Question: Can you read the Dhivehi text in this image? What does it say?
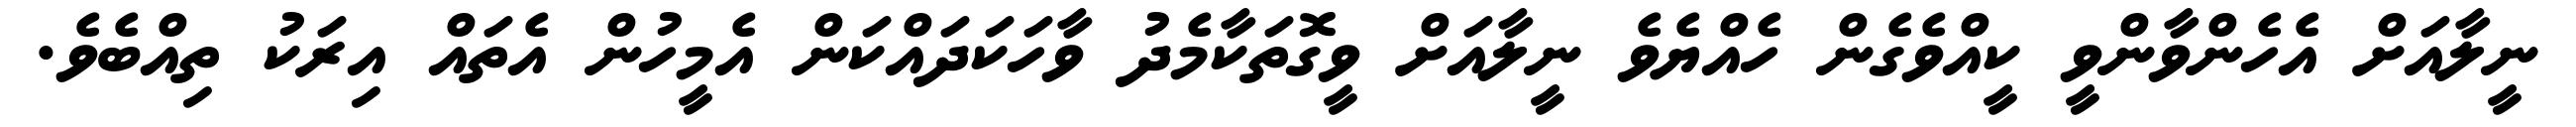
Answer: ނީލާއަށް އެހެންވާންވީ ކީއްވެގެން ހެއްޔެވެ ނީލާއަށް ވީގޮތަކާމެދު ވާހަކަދައްކަން އެމީހުން އެތައް އިރަކު ތިއްބެވެ.